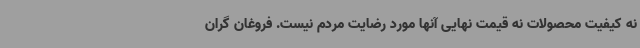
نه کیفیت محصولات نه قیمت نهایی آنها مورد رضایت مردم نیست. فروغان گران